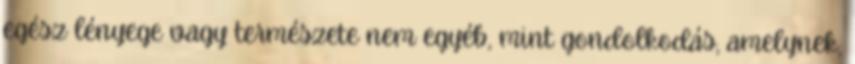
egész lényege vagy természete nem egyéb, mint gondolkodás, amelynek,